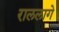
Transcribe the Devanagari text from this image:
राललागे